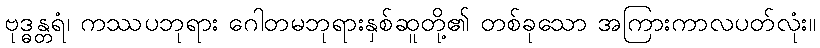
ဗုဒ္ဓန္တရံ၊ ကဿပဘုရား ဂေါတမဘုရားနှစ်ဆူတို့၏ တစ်ခုသော အကြားကာလပတ်လုံး။